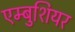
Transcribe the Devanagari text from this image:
एम्बुशियर